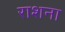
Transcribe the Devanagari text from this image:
राशना